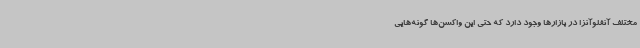
مختلف آنفلوآنزا در بازارها وجود دارد که حتی این واکسن‌ها گونه‌هایی